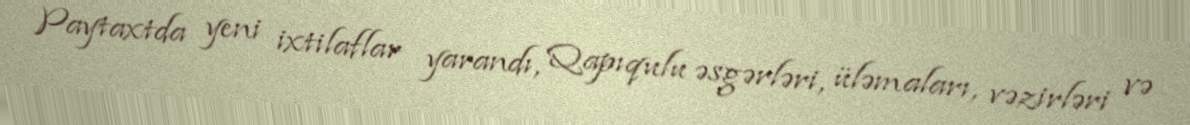
Paytaxtda yeni ixtilaflar yarandı, Qapıqulu əsgərləri, üləmaları, vəzirləri və